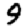
Digit: 9